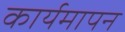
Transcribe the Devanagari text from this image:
कार्यमापन